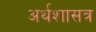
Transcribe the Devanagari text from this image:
अर्थशासत्र